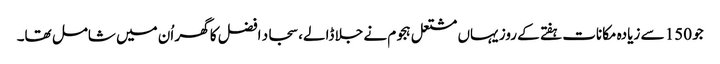
جو 150 سے زیادہ مکانات ہفتے کے روز یہاں مشتعل ہجوم نے جلا ڈالے، سجاد افضل کا گھر اُن میں شامل تھا۔